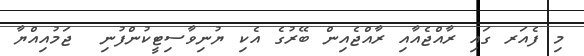
މި ފެއަރ ގައި ރާއްޖެއާއި ރާއްޖެއިން ބޭރުގެ އެކި ޔުނިވާސިޓީކުންފުނި  ޖަމުއިއްޔާ